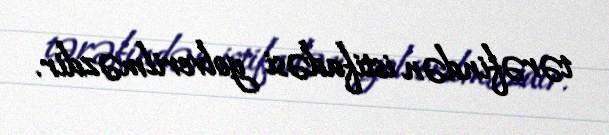
tərəfindən istifadəsi yolverilməzdir.